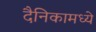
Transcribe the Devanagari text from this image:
दैनिकामध्ये